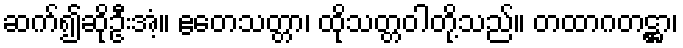
ဆက်၍ဆိုဦးအံ့။ ဧတေသတ္တာ၊ ထိုသတ္တဝါတို့သည်။ တထာဂတဋ္ဌာ၊